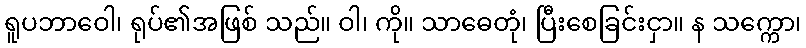
ရူပဘာဝေါ၊ ရုပ်၏အဖြစ် သည်။ ဝါ၊ ကို။ သာဓေတုံ၊ ပြီးစေခြင်းငှာ။ န သက္ကော၊